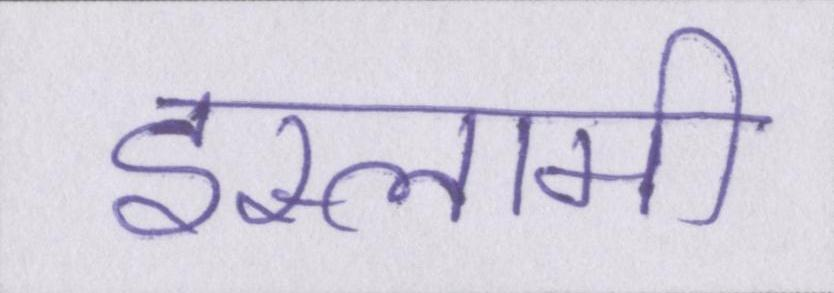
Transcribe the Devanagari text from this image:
इस्लामी